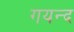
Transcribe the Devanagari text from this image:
गयन्द